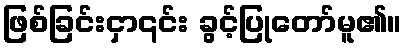
ဖြစ်ခြင်းငှာ၎င်း ခွင့်ပြုတော်မူ၏။